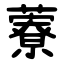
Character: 藔